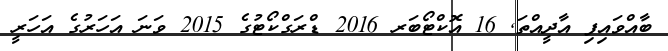
ބާއްވައިފި އާދީއްތަ